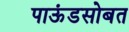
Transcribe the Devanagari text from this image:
पाऊंडसोबत